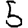
Digit: 5